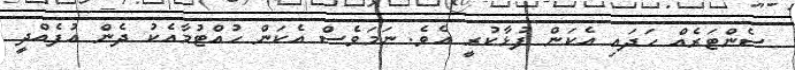
ސެންޓަރެއް ހަދައި އެކަން ފުޅާކުރީ އެވެ. ނަމަވެސް އެކަން ހުއްޓުމާއެކު ދެން އުފެއްދީ